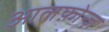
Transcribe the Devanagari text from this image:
आलफ़ोन्ज़